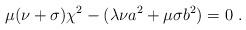
LaTeX: \begin{align*} \mu(\nu+\sigma)\chi^2-(\lambda\nu a^2+\mu\sigma b^2)=0~.\end{align*}